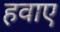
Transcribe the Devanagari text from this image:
हवाए